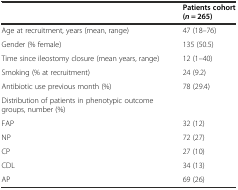
<table><thead><tr><td></td><td><b>Patients cohort (<i>n</i> = 265)</b></td></tr></thead><tbody><tr><td>Age at recruitment, years (mean, range)</td><td>47 (18–76)</td></tr><tr><td>Gender (% female)</td><td>135 (50.5)</td></tr><tr><td>Time since ileostomy closure (mean years, range)</td><td>12 (1–40)</td></tr><tr><td>Smoking (% at recruitment)</td><td>24 (9.2)</td></tr><tr><td>Antibiotic use previous month (%)</td><td>78 (29.4)</td></tr><tr><td>Distribution of patients in phenotypic outcome groups, number (%)</td><td></td></tr><tr><td>FAP</td><td>32 (12)</td></tr><tr><td>NP</td><td>72 (27)</td></tr><tr><td>CP</td><td>27 (10)</td></tr><tr><td>CDL</td><td>34 (13)</td></tr><tr><td>AP</td><td>69 (26)</td></tr></tbody></table>